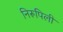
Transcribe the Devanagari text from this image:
निरूपिली